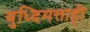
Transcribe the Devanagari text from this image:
बुध्दिमत्ताही